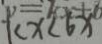
k x < 6 x